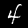
Digit: 4